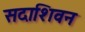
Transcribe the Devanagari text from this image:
सदाशिवन